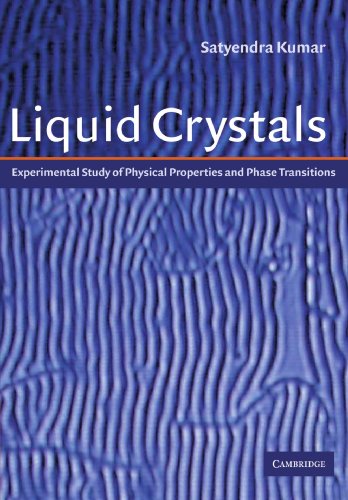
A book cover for Liquid Crystals: Experimental Study of Physical Properties and Phase Transitions; Science & Math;